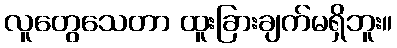
လူတွေသေတာ ထူးခြားချက်မရှိဘူး။